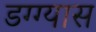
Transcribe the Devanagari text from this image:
डग्ग्यास